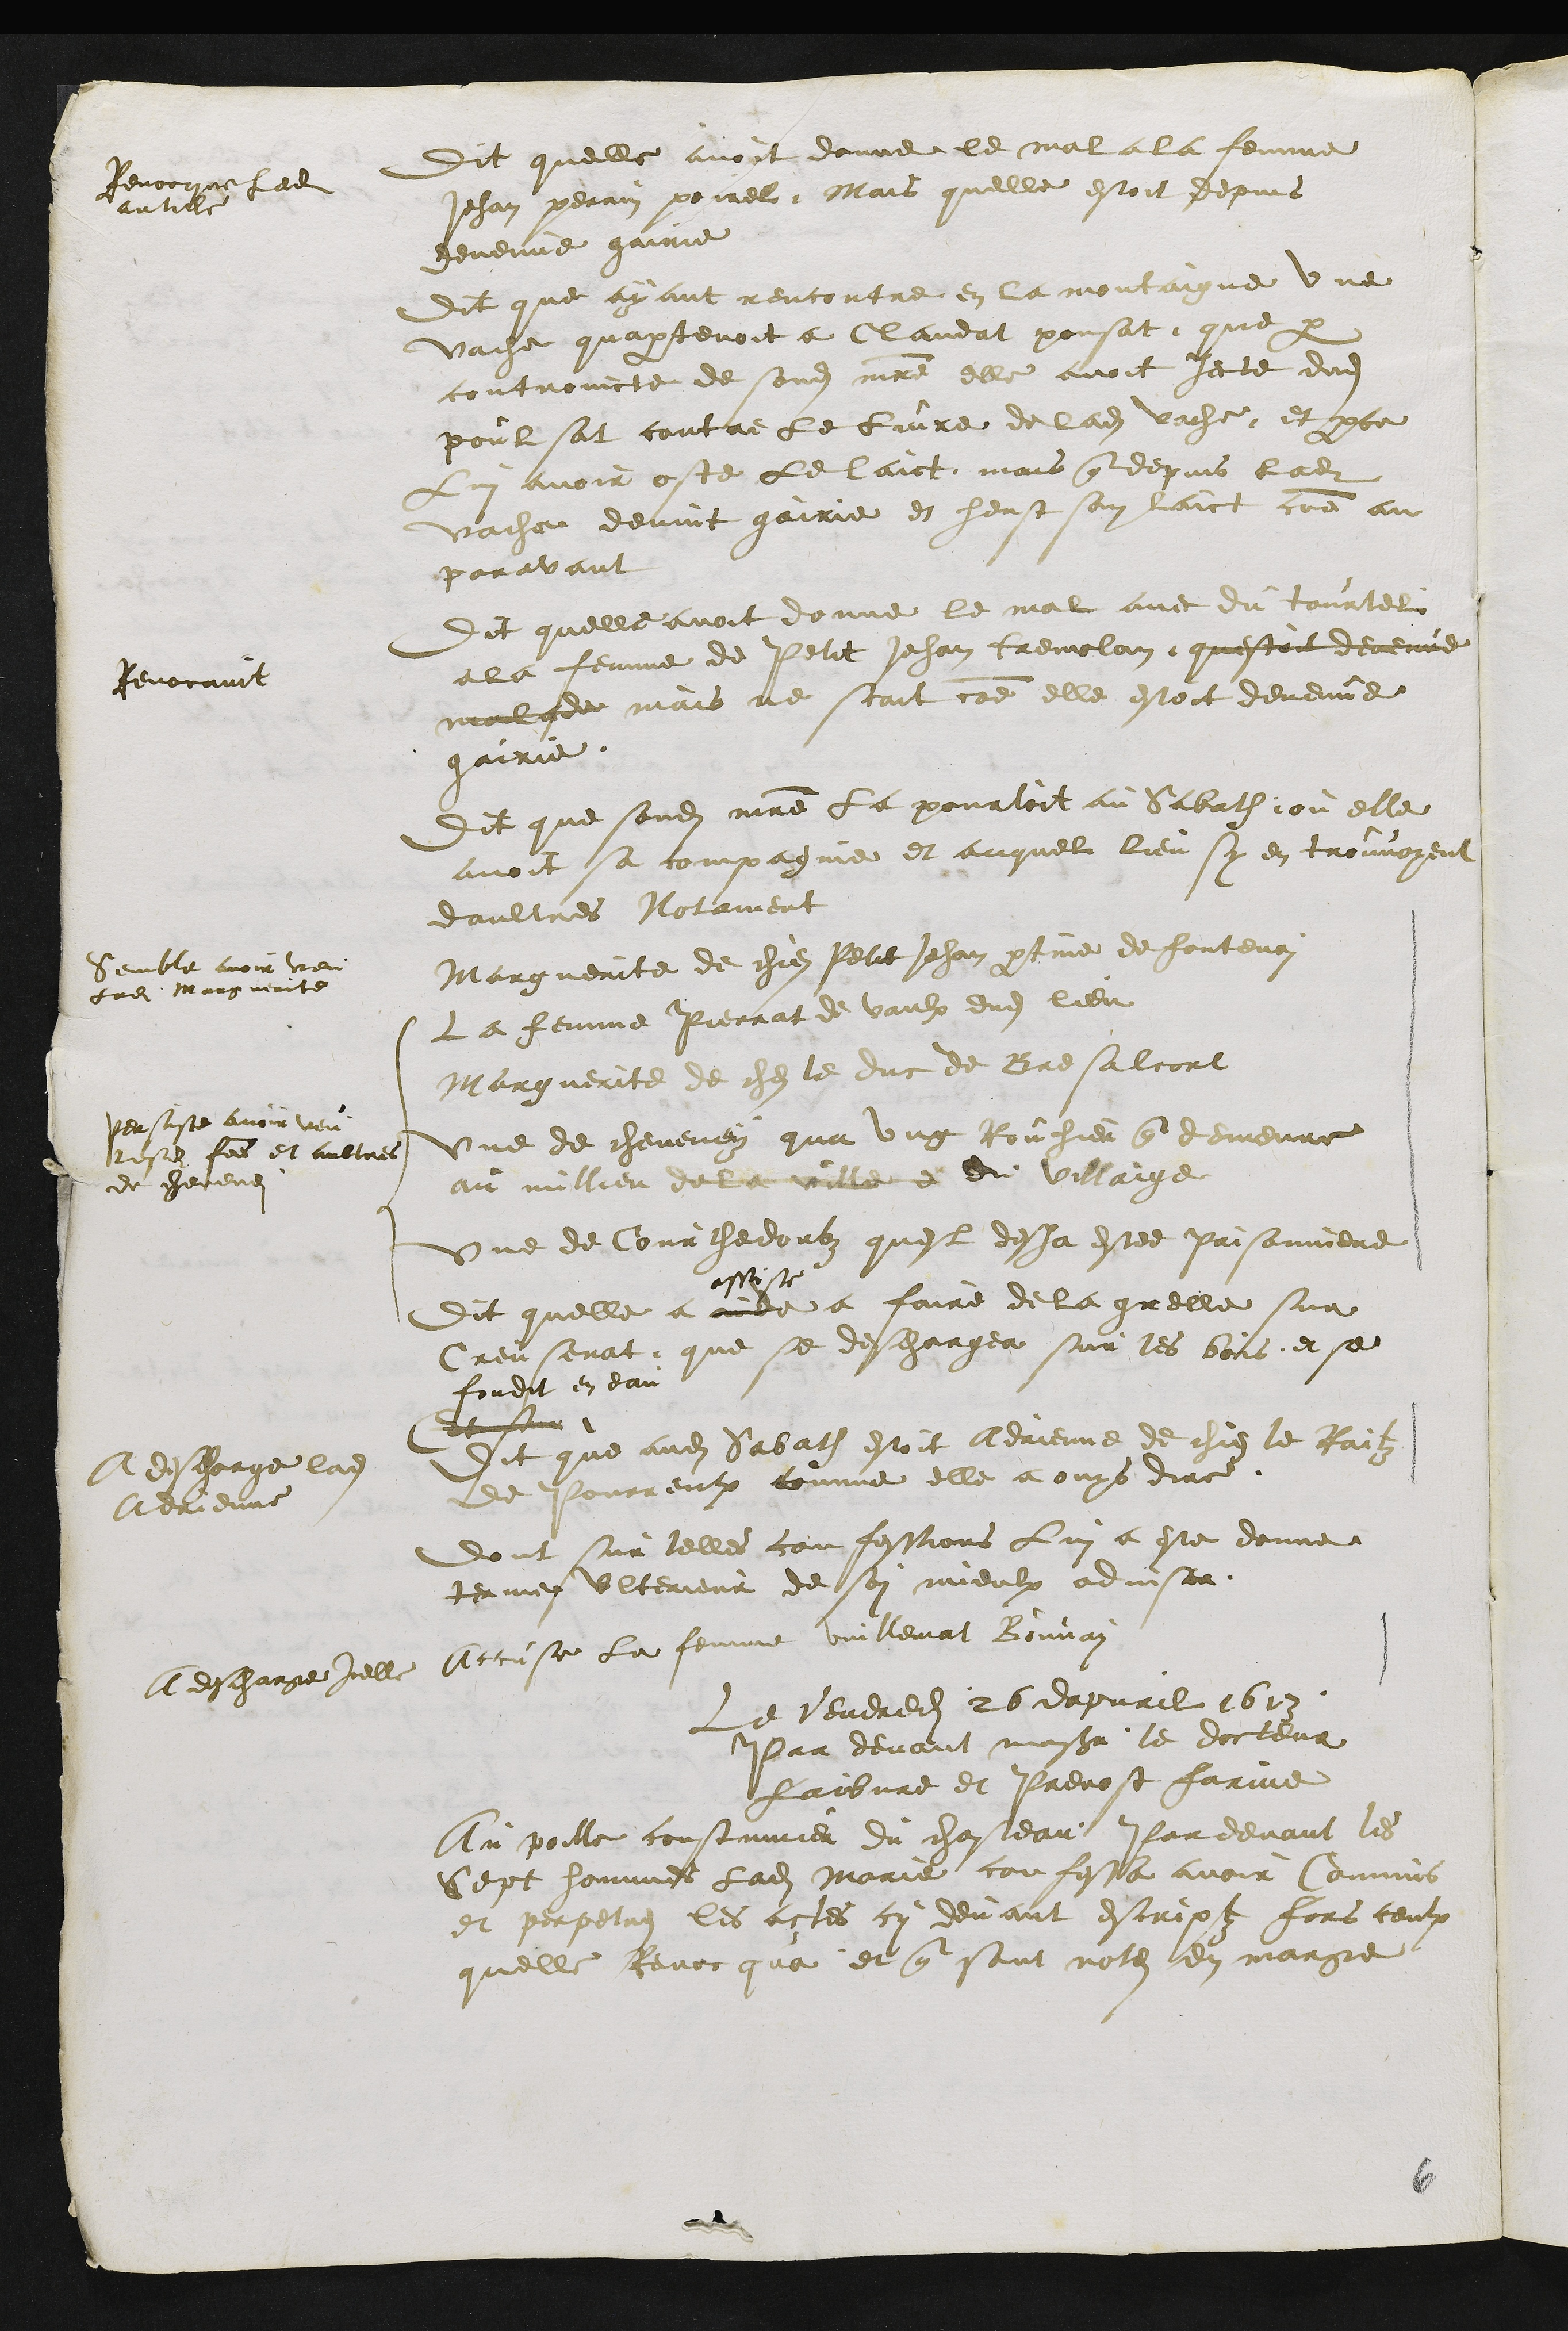
Dit quelle avoit donne le mal a la femme
Jehan perrin poirel Mais quelle estoit depuis
devenue gairie
Revocque ledit
article
Dit que ayant rencontre en la montaigne une
vache quapartenoit a Claudat poussat que par
controincte de sondit maitre elle avoit jecte dudit
poulsat contre le luire de ladite vache et parce
Lui avoir oste le laict mais que depuis ladite
vache devint gairie et heust son laict comme au
paravant
Dit quelle avoit donne le mal avec du tourtel
a la femme de Petit Jehan Tremolan questoit devenue
malade mais ne scait comme elle estoit devenue
gairie
Revocavit
Dit que sondit maitre la pourtoit au Sabath, ou elle
avoit sa compagnie et auquel lieu sy en trouvoient
daultres Notament
Marguerite de chiez Petit Jehan partine de Fontenoy
semble voir veu
ladite Marguerite
La femme Pierrat de vaulx dudit lieu
Marguerite de chez le duc de Bresalcort
une de cheveney qua ung Rouhier que demeure
au millieu de la ville et du villaige
une de Courthedoubz quest desja estee prisonniere
persiste avoir veu
lesdites femme et aultres
de chevenei
Dit quelle a aide
assiste
a faire de la grelle sur
Creusenat que se deschargea sur les bois, et se
fondit en eau
Et sur
Dit que audit Sabath estoit Adrienne de chiez le Raitz
de Pourrentruy comme elle a ouys dire
A descharge ladite
Adrienne
dont sur telles confessions lui a este donne
terme ulterieur de soy mieulx adviser
Accuse la femme Vuillemat Bouvay
A descharge Icelle
Le vendredi 26 dapvril 1613
Par devant monsieur le docteur
faibvre et Prevost farine
Au poille coustumier du chasteau Par devant les
Sept hommes ladite Marie confessa avoir Commis
et perpetres les actes cy devant escriptz fors ceulx
quelle Revocque et que sont notez en marge